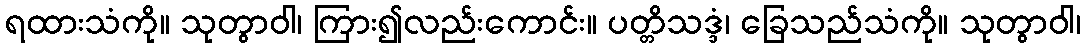
ရထားသံကို။ သုတွာဝါ၊ ကြား၍လည်းကောင်း။ ပတ္တိသဒ္ဒံ၊ ခြေသည်သံကို။ သုတွာဝါ၊